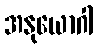
အနုယောဂါ